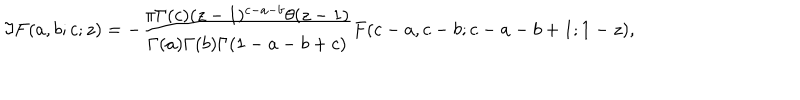
LaTeX: \Im F ( a , b ; c ; z ) = - \frac { \pi \Gamma ( c ) ( z - 1 ) ^ { c - a - b } \theta ( z - 1 ) } { \Gamma ( a ) \Gamma ( b ) \Gamma ( 1 - a - b + c ) } F ( c - a , c - b ; c - a - b + 1 ; 1 - z ) ,